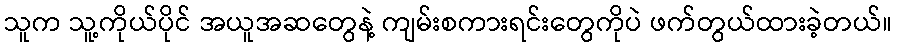
သူက သူ့ကိုယ်ပိုင် အယူအဆတွေနဲ့ ကျမ်းစကားရင်းတွေကိုပဲ ဖက်တွယ်ထားခဲ့တယ်။